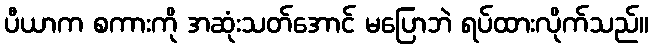
ပီယာက စကားကို အဆုံးသတ်အောင် မပြောဘဲ ရပ်ထားလိုက်သည်။